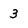
Character: 3